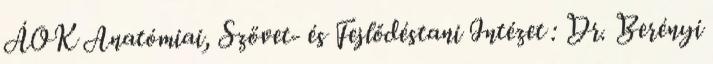
ÁOK Anatómiai, Szövet- és Fejlődéstani Intézet : Dr. Berényi